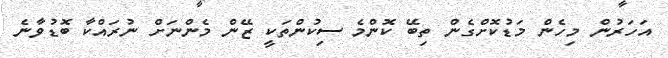
އަހަރުން މިހެން މަޑުކޮށްގެން ތިބޭ ކޮންމެ ސިކުންތަކީ ޒޭން މެންނަށް ނުރައްކާ ބޮޑުވާނެ